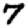
Digit: 7